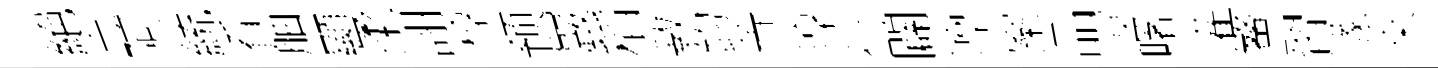
絕志阿統㸔舳顯柔詡椁预巖稻斁鈞䓁淳衍闢凛案品溟曙灌鳌習潈桒